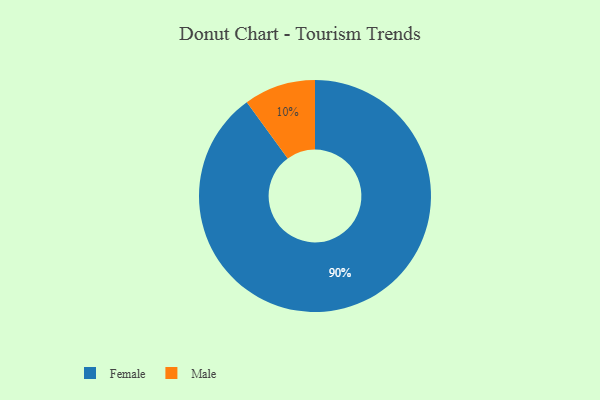
{"axis": {"x": "Category", "y": "Percentage"}, "legend": ["Female", "Male"], "data": [{"x": "Female", "y": 90, "type": "Female"}, {"x": "Male", "y": 10, "type": "Male"}]}